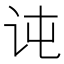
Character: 𰵍